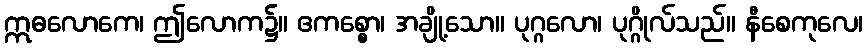
ဣဓလောကေ၊ ဤလောက၌။ ဧကစ္စော၊ အချို့သော။ ပုဂ္ဂလော၊ ပုဂ္ဂိုလ်သည်။ နီစေကုလေ၊